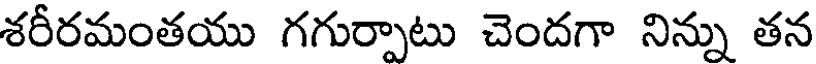
శరీరమంతయు గగుర్పాటు చెందగా నిన్ను తన